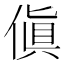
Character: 傎